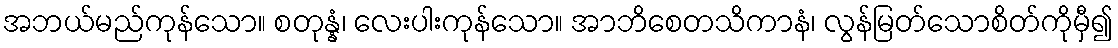
အဘယ်မည်ကုန်သော။ စတုန္နံ၊ လေးပါးကုန်သော။ အာဘိစေတသိကာနံ၊ လွန်မြတ်သောစိတ်ကိုမှီ၍